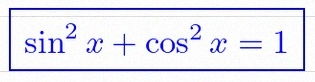
\sin^2x+\cos^2x=1